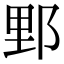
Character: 𨛋